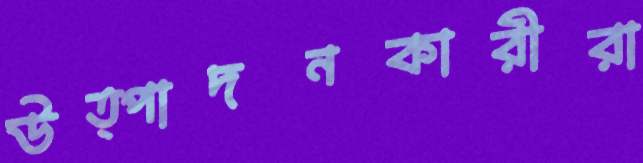
উত্পাদনকারীরা